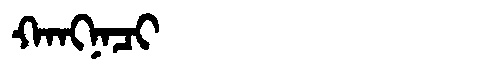
Manchu: ᡴᠠᠩᠨᠠᠴᡳ
Romanization: KANGNACI